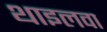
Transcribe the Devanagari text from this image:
थाइलवा